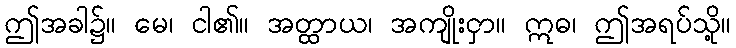
ဤအခါ၌။ မေ၊ ငါ၏။ အတ္ထာယ၊ အကျိုးငှာ။ ဣဓ၊ ဤအရပ်သို့။